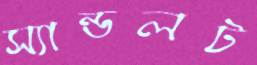
স্যান্ডলট